Vaike-Kopu_(Puiatu)_vallavalitsus, lk 17
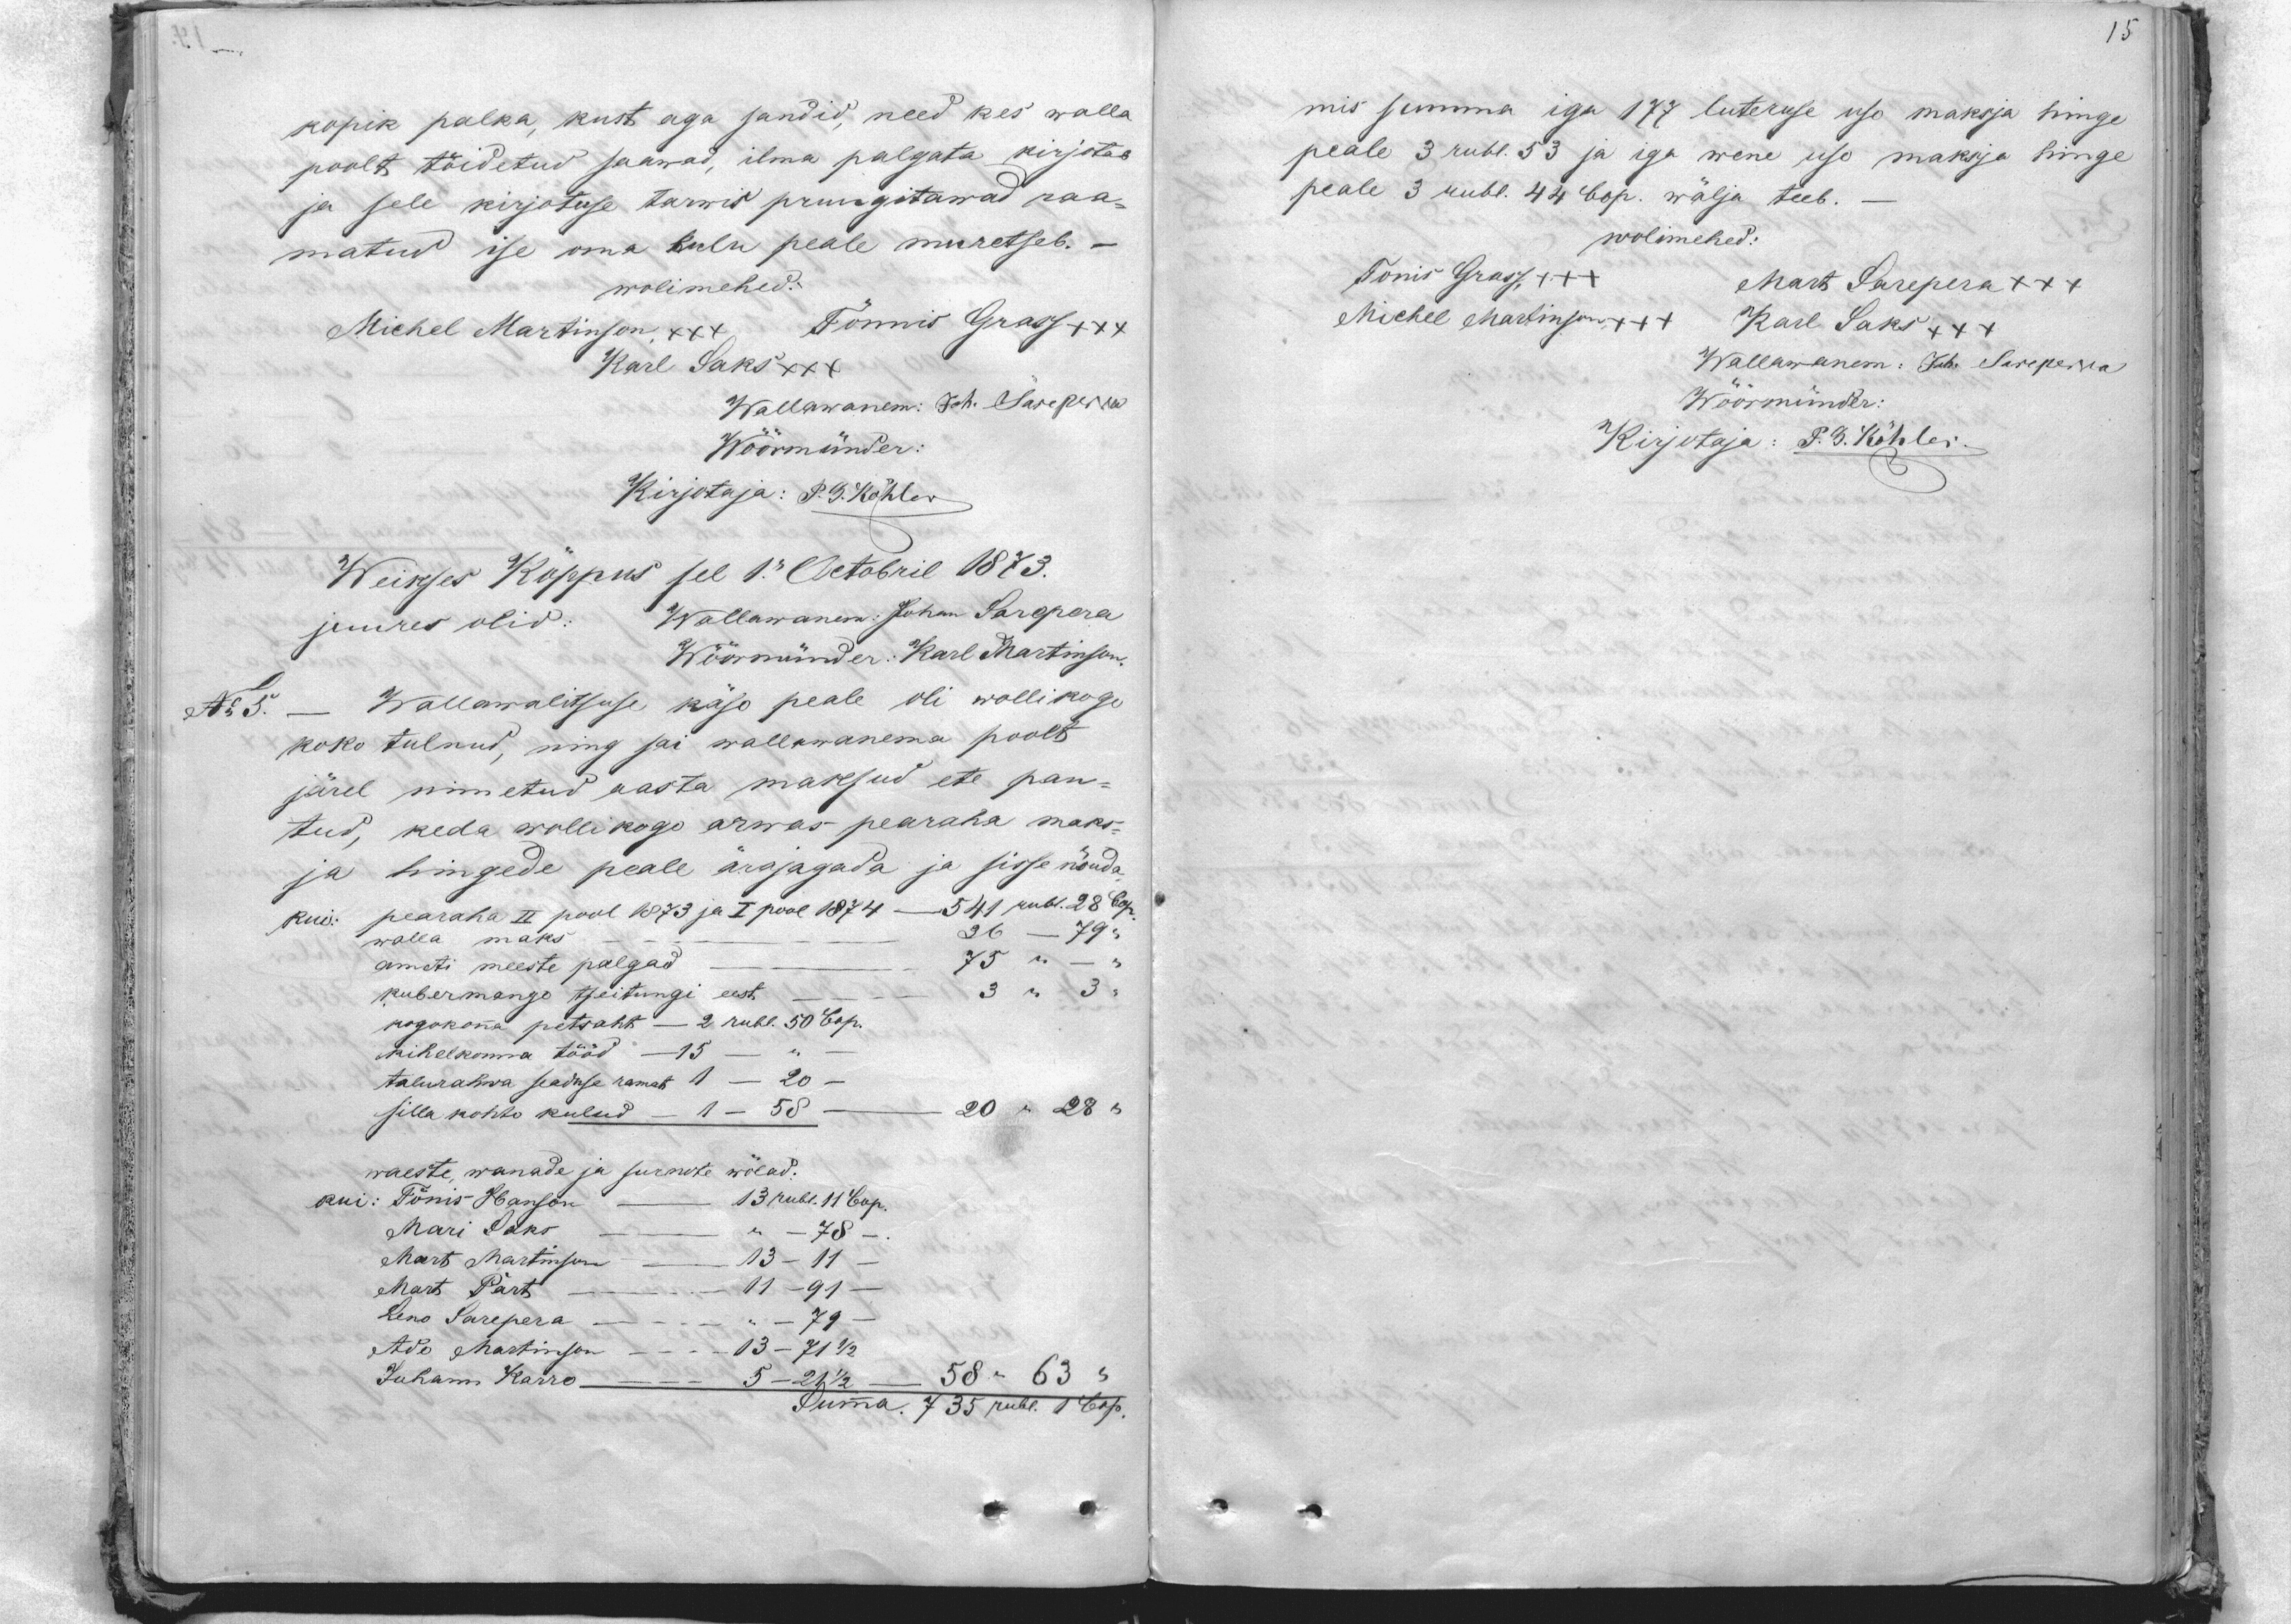
15

kopik palka, kust aga sandid, need kes walla
poolt täidetud saawad, ilma palgata kirjotab
ja sele kirjotuse tarwis pruugitawad raa-
matud ise oma kulu peale muretseb. -
wolimehed:
Michel Martinson +++ Tõnnis Grass +++
Karl Saks XXX
Wallawanem: Joh. Sareperra
Wöörmünder:
Kirjotaja: P. G. Köhler
Weikses Kõppus sel 1.s Octobril 1873.
juures olid:
Wallawanem: Johan Sarepera
Wöörmünder: Karl Martinson.
No 5.
- Wallawalitsuse käso peale oli wollikogo
koko tulnud, ning sai wallawanema poolt
järel nimetud aasta maksud ete pan-
tud, keda wollikogo arwas pearaha maks-
ja hingede peale ärajagada ja sisse nõuda.
kui: pearaha II pool 1873 ja I pool 1874 ---- 541 rubl. 28 Cop.
walla maks ------------------------------------------------36--------79
ameti meeste palgad ----------------------------------75    "     ---    "
kubermangu tseitungi eest ----------------------------3   "       3    "
kogokona petsaht --------- 2 rubl. 50 Cop.
kihelkonna tööd ----------- 15  ----    "   -----
talurahwa seaduse ramat 1 --- 20 --
silla kohto kulud --------------1-----58 ---------------------20   "    28  "
waeste, wanade ja surnute wõlad.
kui: Tõnis Hanson - 13 rubl. 11 Cop.
Mari Saks - -----------  "  ------ 78 --
Mart Martinson - 13 - 11-
Mart Pärts - 1 - 91 -
Leno Sarepera -------- " ------ 79 --
Ado Martinson --------13------71 1/2
Juhann Karro -------------5----- 21 1/2 -------------------------58   "   63  "
Summa. 735 rubl. 1 Cop.

mis summa iga 177 luteruse uso maksja hinge
peale 3 rubl. 53 ja iga wene uso maksja hinge
peale 3 rubl. 44 Cop. wälja teeb.-
wolimehed:
Tõnis Grass, +++
Mart Sarepera +++
Michel Martinson +++
Karl Saks +++
Wallawanem: Joh. Sareperra
Wöörmünder:
Kirjotaja: P. G. Köhler.